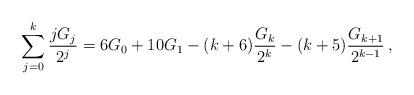
LaTeX: \begin{align*}\sum_{j = 0}^k {\frac{{jG_j }}{{2^j }}} = 6G_0 + 10G_1 - (k + 6)\frac{{G_k }}{{2^k }} - (k + 5)\frac{{G_{k + 1} }}{{2^{k-1} }}\,,\end{align*}